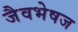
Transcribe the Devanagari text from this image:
जैवभेषज